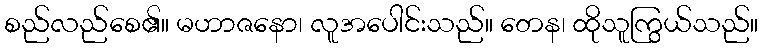
စည်လည်စေ၏။ မဟာဇနော၊ လူအပေါင်းသည်။ တေန၊ ထိုသူကြွယ်သည်။